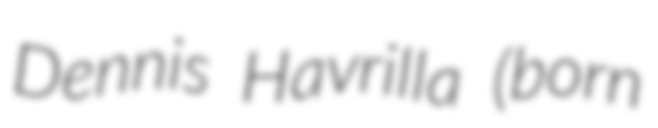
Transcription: Dennis Havrilla (born